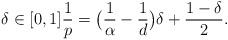
LaTeX: \begin{align*}\delta\in [0,1] \frac{1}{p}=\big(\frac{1}{\alpha}-\frac{1}{d}\big)\delta + \frac{1-\delta}{2} .\end{align*}